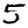
Digit: 5